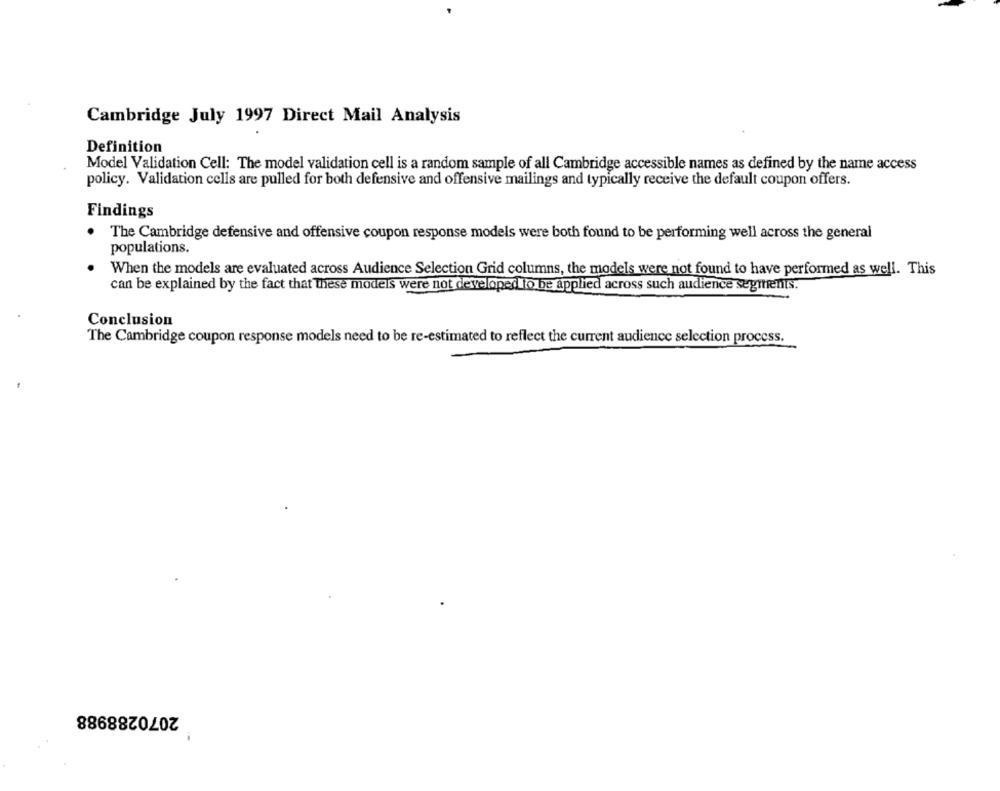
Cambridge July 1997 Direct Mail Analysis
Definition
Model Validation Cell: The model validation cell is a random sample of all Cambridge accessible names as defined by the name access
policy. Validation cells are pulled for both defensive and offensive mailings and typically receive the default coupon offers.
Findings
The Cambridge defensive and offensive coupon response models were both found to be performing well across the general
populations.
When the models are evaluated across Audience Selection Grid columns, the models were not found to have performed as well. This
can be explained by the fact that These models were not developed to be applied across such audience segments.
Conclusion
The Cambridge coupon response models need to be re-estimated to reflect the current audience selection process.
2070288988